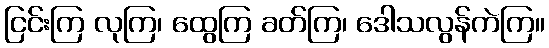
ငြင်းကြ လုကြ၊ ထွေကြ ခတ်ကြ၊ ဒေါသလွန်ကဲကြ။